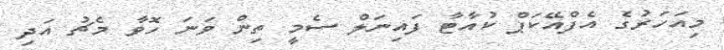
މިއަހަރުގެ އެފްއޭކަޕް ކުއާޓާ ފައިނަލް ސެމީ ތިން ވަނަ ހޮވާ މެޗު އަދި